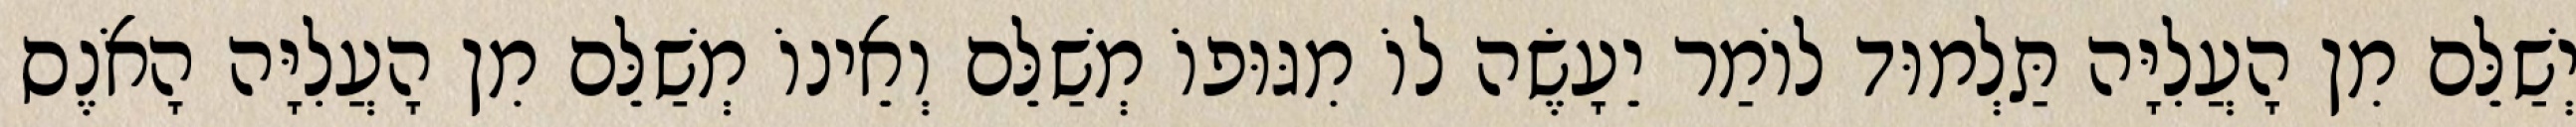
יְשַׁלֵּם מִן הָעֲלִיָּה תַּלְמוּד לוֹמַר יֵעָשֶׂה לוֹ מִגּוּפוֹ מְשַׁלֵּם וְאֵינוֹ מְשַׁלֵּם מִן הָעֲלִיָּה הָאֹנֶס